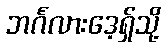
ဘင်္ဂလားဒေ့ရှ်သို့